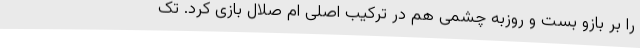
را بر بازو بست و روزبه چشمی هم در ترکیب اصلی ام صلال بازی کرد. تک